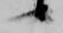
候